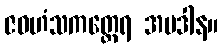
ဇဝဟံသကတ္ထေရ အပဒါန။